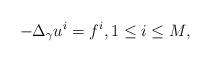
LaTeX: \begin{align*}-\Delta_{\gamma} u^i = f^i, 1\le i\le M,\end{align*}